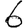
Digit: 6